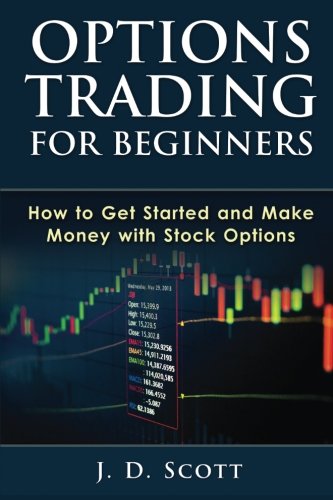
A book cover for Options Trading for Beginners: How to Get Started and Make Money with Stock Options; J. D. Scott; Business & Money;